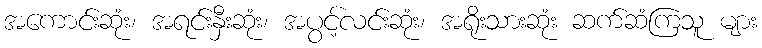
အကောင်းဆုံး၊ အရင်းနှီးဆုံး၊ အပွင့်လင်းဆုံး၊ အရိုးသားဆုံး ဆက်ဆံကြသူ များ